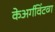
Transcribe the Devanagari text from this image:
केअर्गविंटव्ग